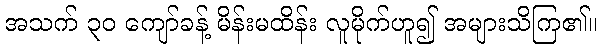
အသက် ၃၀ ကျော်ခန့် မိန်းမထိန်း လူမိုက်ဟူ၍ အများသိကြ၏။